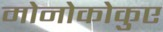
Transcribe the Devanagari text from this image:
मोनोकोकुए